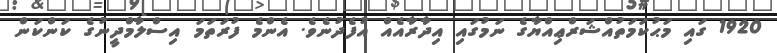
1920 ގައި މަޙުކަމަތުއްޝަރްޢިއްޔާގެ ނަމުގައި އިދާރާއެއް އުފެދުނެވެ. އެންމެ ފުރަތަމަ އިސްލާމްދީނުގެ ކަންކަން